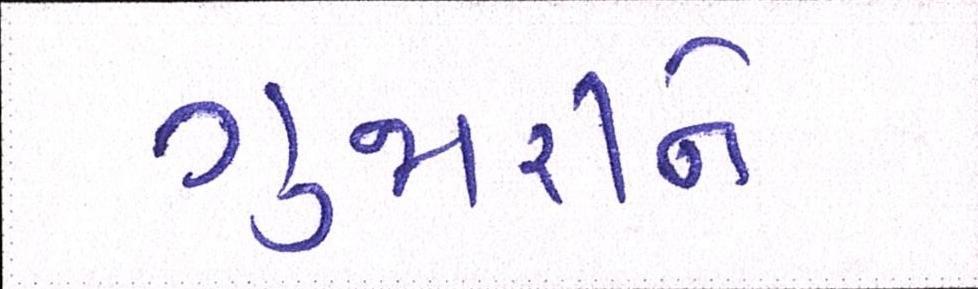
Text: ગુજારીને